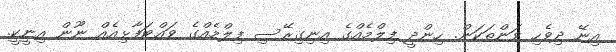
އިނޭ ދިވެހި ވަންތަކަން. ހިންދީ ފިލްމެއްގެ އިނިގިރޭސި ފިލްމެއްގެ ވައްޓަފާޅިއެއް ނޫން އިނީކީ.